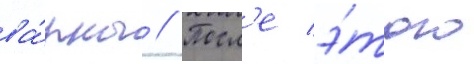
ва́рны // Посл'е э́того